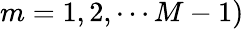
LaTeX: m=1,2,\cdots M-1)